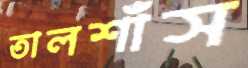
তালশাঁস